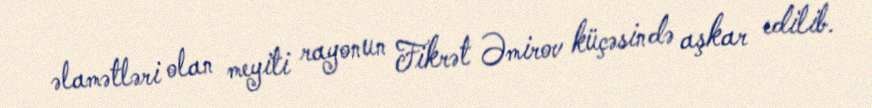
əlamətləri olan meyiti rayonun Fikrət Əmirov küçəsində aşkar edilib.